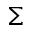
\Sigma